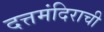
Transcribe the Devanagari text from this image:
दत्तमंदिराची